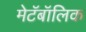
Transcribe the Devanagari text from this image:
मेटॅबॉलिक